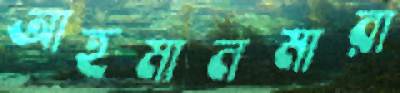
আহমানমারা